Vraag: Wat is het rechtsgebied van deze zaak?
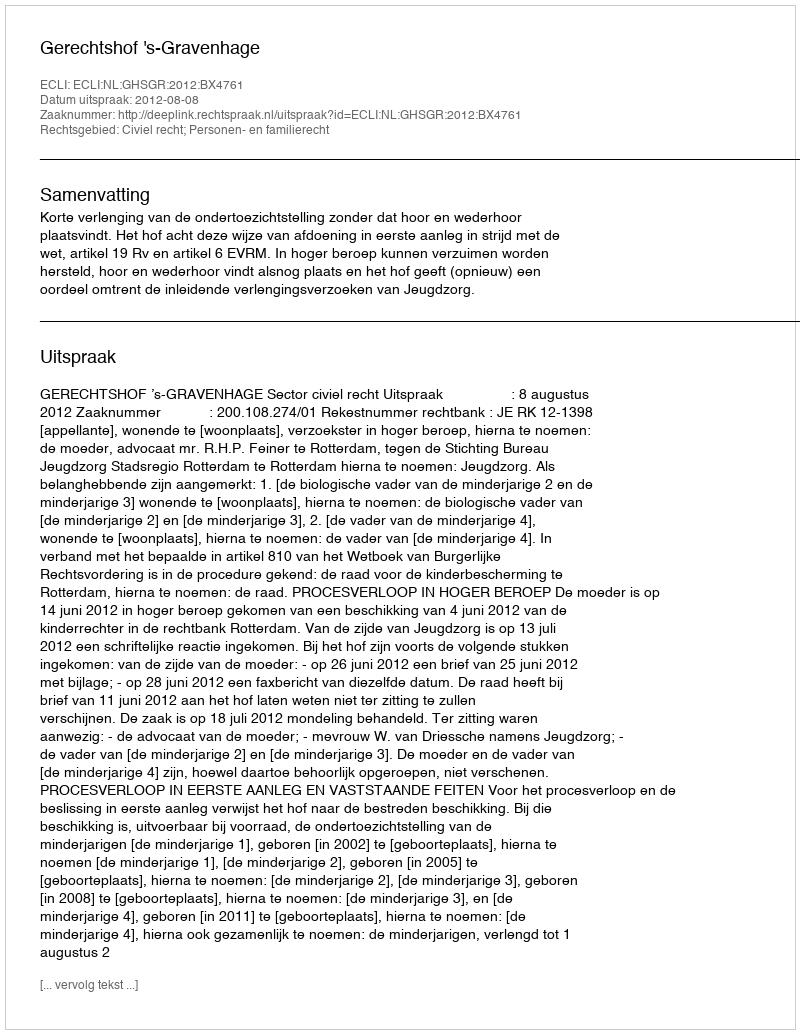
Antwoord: Civiel recht; Personen- en familierecht